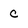
Character: c